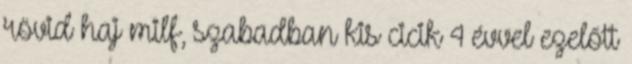
rövid haj milf, szabadban kis cicik 4 évvel ezelőtt